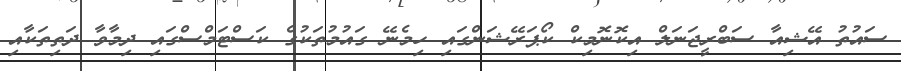
ސައުތު އޭޝިއާ ސަބްރީޖަނަލް އިކޮނޮމިކް ކޯޕަރޭޝަންގައި ހިމެނޭ ގައުމުތަކުގެ ކަސްޓަމްސްގައި ދިމާވާ ދަތިތަކާއި